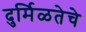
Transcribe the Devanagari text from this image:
दुर्मिळतेचे